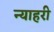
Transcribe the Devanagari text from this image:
न्याहरी